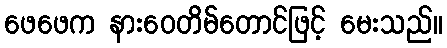
ဖေဖေက နားဝေတိမ်တောင်ဖြင့် မေးသည်။